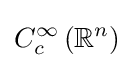
C_{c}^{\infty }\left(\mathbb {R} ^{n}\right)